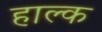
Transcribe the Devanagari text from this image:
हाल्क